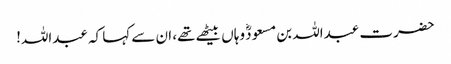
حضرت عبداللہ بن مسعودؓ وہاں بیٹھے تھے، ان سے کہا کہ عبداللہ!